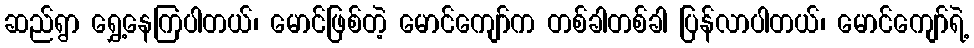
ဆည်ရွာ ရွှေ့နေကြပါတယ်၊ မောင်ဖြစ်တဲ့ မောင်ကျော်က တစ်ခါတစ်ခါ ပြန်လာပါတယ်၊ မောင်ကျော်ရဲ့